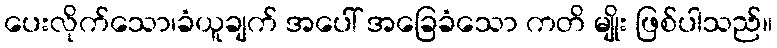
ပေးလိုက်သော၊ခံယူချက် အပေါ် အခြေခံသော ကတိ မျိုး ဖြစ်ပါသည်။